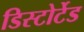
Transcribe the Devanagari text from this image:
डिस्टोर्टेड